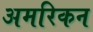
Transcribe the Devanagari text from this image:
अमरिकन